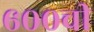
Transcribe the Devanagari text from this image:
६००ची